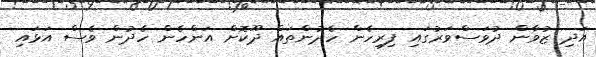
އަދި ޒުވާން ދުވަސްވަރުގައި ފިރިހެން ހެދުންތައް ދޫކޮށް އަންހެން ހެދުން ވެސް އަޅައި